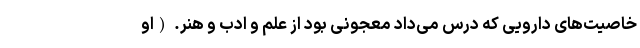
خاصیت‌های دارویی که درس می‌داد معجونی بود از علم و ادب و هنر. (او